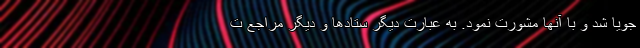
جویا شد و با آنها مشورت نمود. به عبارت دیگر ستادها و دیگر مراجع ت